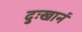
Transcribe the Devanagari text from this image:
दुःखानं